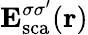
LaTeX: {\mathbf E}_{\mathrm{{sca}}}^{\sigma\sigma^{\prime}}({\mathbf r})